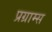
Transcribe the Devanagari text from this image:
प्रग्राम्स